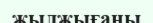
жылжығаны